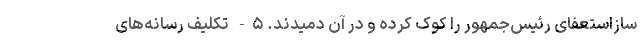
ساز‌استعفای رئیس‌جمهور را کوک کرده و در آن دمیدند. ۵- تکلیف رسانه‌های